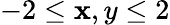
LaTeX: -2\leq\mathbf{x},y\leq2